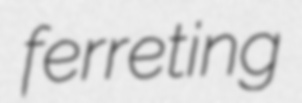
ferreting